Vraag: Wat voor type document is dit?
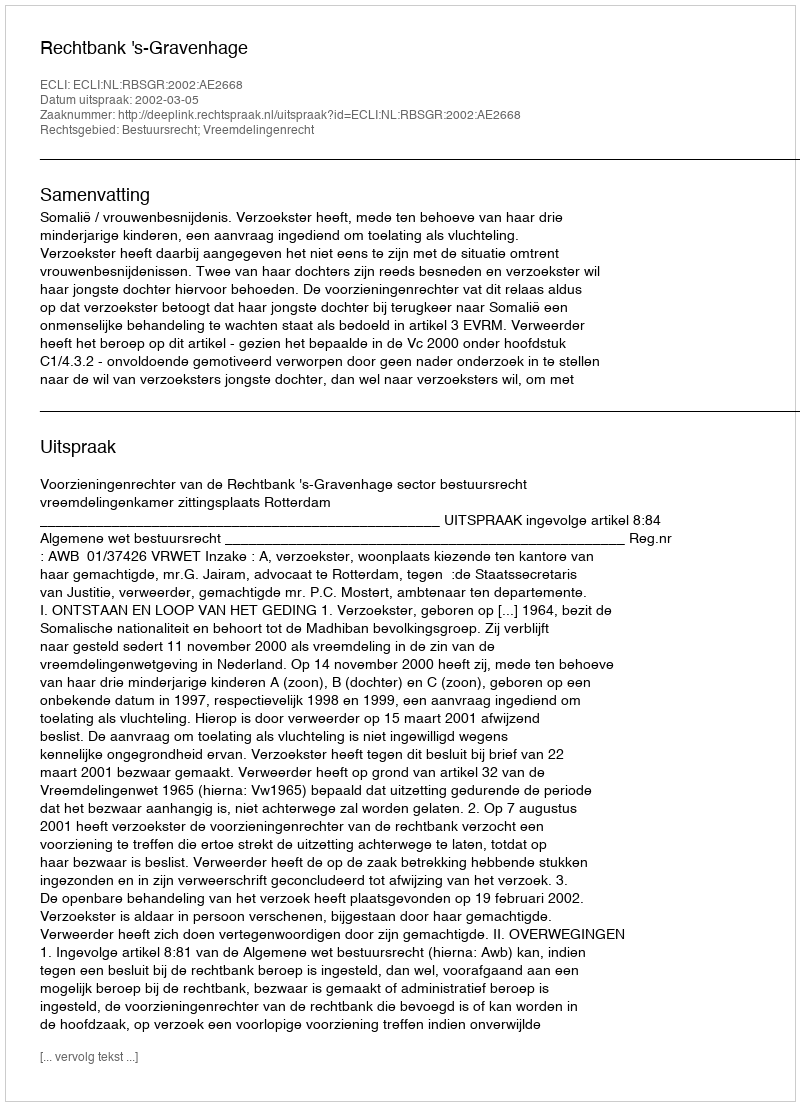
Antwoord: Uitspraak